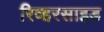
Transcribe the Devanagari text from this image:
रिव्हरसाइड